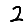
Digit: 2